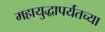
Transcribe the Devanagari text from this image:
महायुद्धापर्यंतच्या